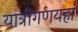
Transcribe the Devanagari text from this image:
यात्रीगणयहां